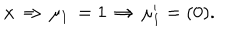
{ x } \, \Rightarrow \, \mu _ { 1 } \, = 1 \, \Rightarrow \, \mu _ { 1 } ^ { \prime } = ( 0 ) . \nonumber \,